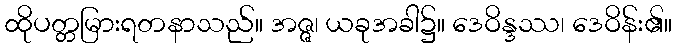
ထိုပတ္တမြားရတနာသည်။ အဇ္ဇ၊ ယခုအခါ၌။ ဒေဝိန္ဒဿ၊ ဒေဝိန်း၏။